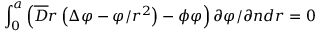
\int _ { 0 } ^ { a } \left( \overline { { D } } r \left( \Delta \varphi - { \varphi } / { r ^ { 2 } } \right) - \phi \varphi \right) { \partial \varphi } / { \partial n } d r = 0